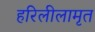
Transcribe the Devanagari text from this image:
हरिलीलामृत